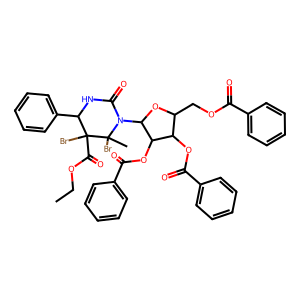
SMILES: CCOC(=O)C1(Br)C(c2ccccc2)NC(=O)N(C2OC(COC(=O)c3ccccc3)C(OC(=O)c3ccccc3)C2OC(=O)c2ccccc2)C1(C)Br
Inhibits HIV replication: No